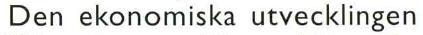
Den ekonomiska utvecklingen